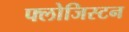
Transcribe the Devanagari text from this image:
फ्लोजिस्टन